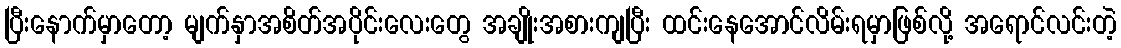
ပြီးနောက်မှာတော့ မျက်နှာအစိတ်အပိုင်းလေးတွေ အချိုးအစားကျပြီး ထင်းနေအောင်လိမ်းရမှာဖြစ်လို့ အရောင်လင်းတဲ့